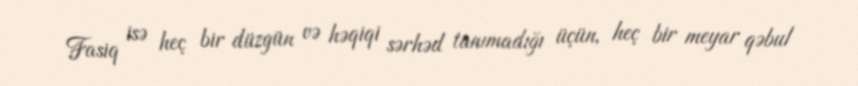
Fasiq isə heç bir düzgün və həqiqi sərhəd tanımadığı üçün, heç bir meyar qəbul